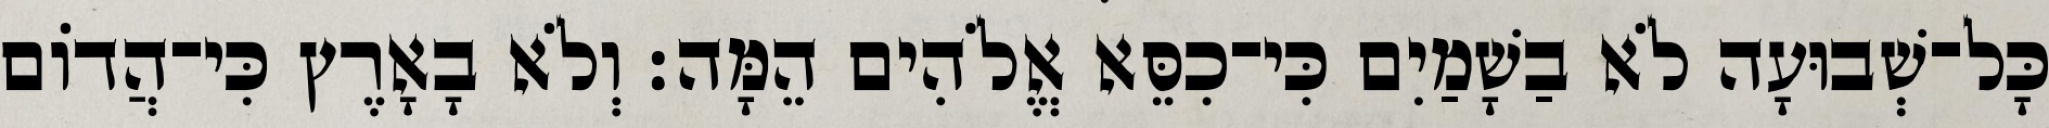
כָּל־שְׁבוּעָה לֹא בַשָׁמַיִם כִּי־כִסֵּא אֱלֹהִים הֵמָּה׃ וְלֹא בָאָרֶץ כִּי־הֲדוֹם